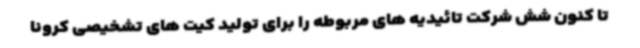
تا کنون شش شرکت تائیدیه های مربوطه را برای تولید کیت های تشخیصی کرونا